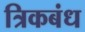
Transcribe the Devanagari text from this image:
त्रिकबंध